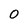
Character: O